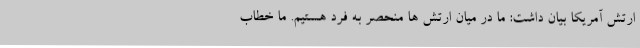
ارتش آمریکا بیان داشت: ما در میان ارتش ها منحصر به فرد هستیم. ما خطاب